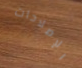
الإصلاحات